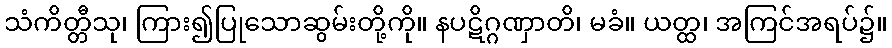
သံကိတ္တီသု၊ ကြား၍ပြုသောဆွမ်းတို့ကို။ နပဋိဂ္ဂဏှာတိ၊ မခံ။ ယတ္ထ၊ အကြင်အရပ်၌။